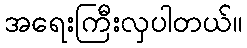
အရေးကြီးလှပါတယ်။